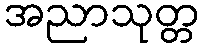
အညာသုတ္တ